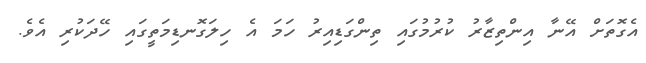
އެގޮތަށް އޭނާ އިންތިޒާރު ކުރުމުގައި ތިންގަޑިއިރު ހަމަ އެ ހިލަގޮނޑިމަތީގައި ހޭދަކުރި އެވެ.